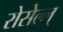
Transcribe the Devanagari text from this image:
रोसेल्ल्